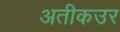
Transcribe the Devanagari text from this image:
अतीकउर